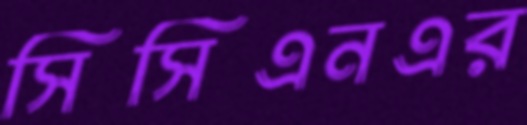
সিসিএনএর